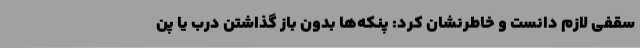
سقفی لازم دانست و خاطرنشان کرد: پنکه‌ها بدون باز گذاشتن درب یا پن